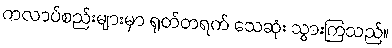
ကလာပ်စည်းများမှာ ရုတ်တရက် သေဆုံး သွားကြသည်။